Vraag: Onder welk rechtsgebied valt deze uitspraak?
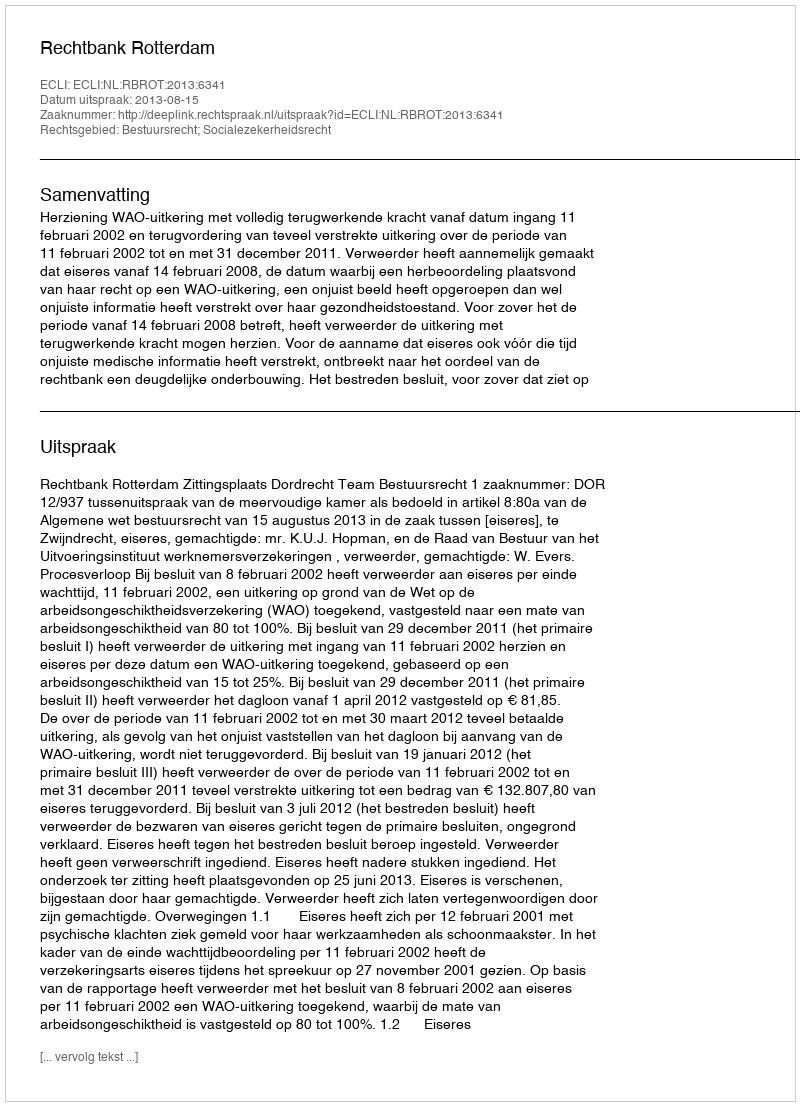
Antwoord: Bestuursrecht; Socialezekerheidsrecht